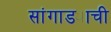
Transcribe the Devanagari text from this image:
सांगाड्याची